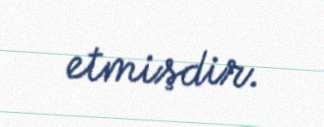
etmişdir.